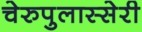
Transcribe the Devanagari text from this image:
चेरुपुलास्सेरी